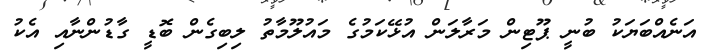
އަނެއްބަޔަކު ބުނީ ޕޫޓިން މަރާލަން އުޅޭކަމުގެ މައުލޫމާތު ލިބިގެން ބޮޑީ ގާޑުންނާއި އެކު